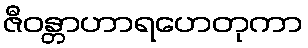
ဇီဝန္တာဟာရဟေတုကာ